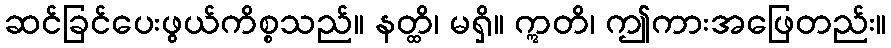
ဆင်ခြင်ပေးဖွယ်ကိစ္စသည်။ နတ္ထိ၊ မရှိ။ ဣတိ၊ ဤကားအဖြေတည်း။